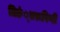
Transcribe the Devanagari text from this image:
तिङं्तरूपिणी